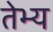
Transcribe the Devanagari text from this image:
तेभ्य